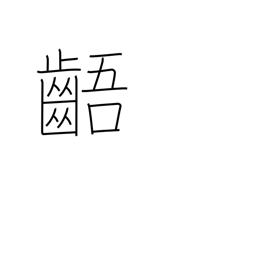
Meaning: irregular teeth